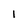
Character: 1